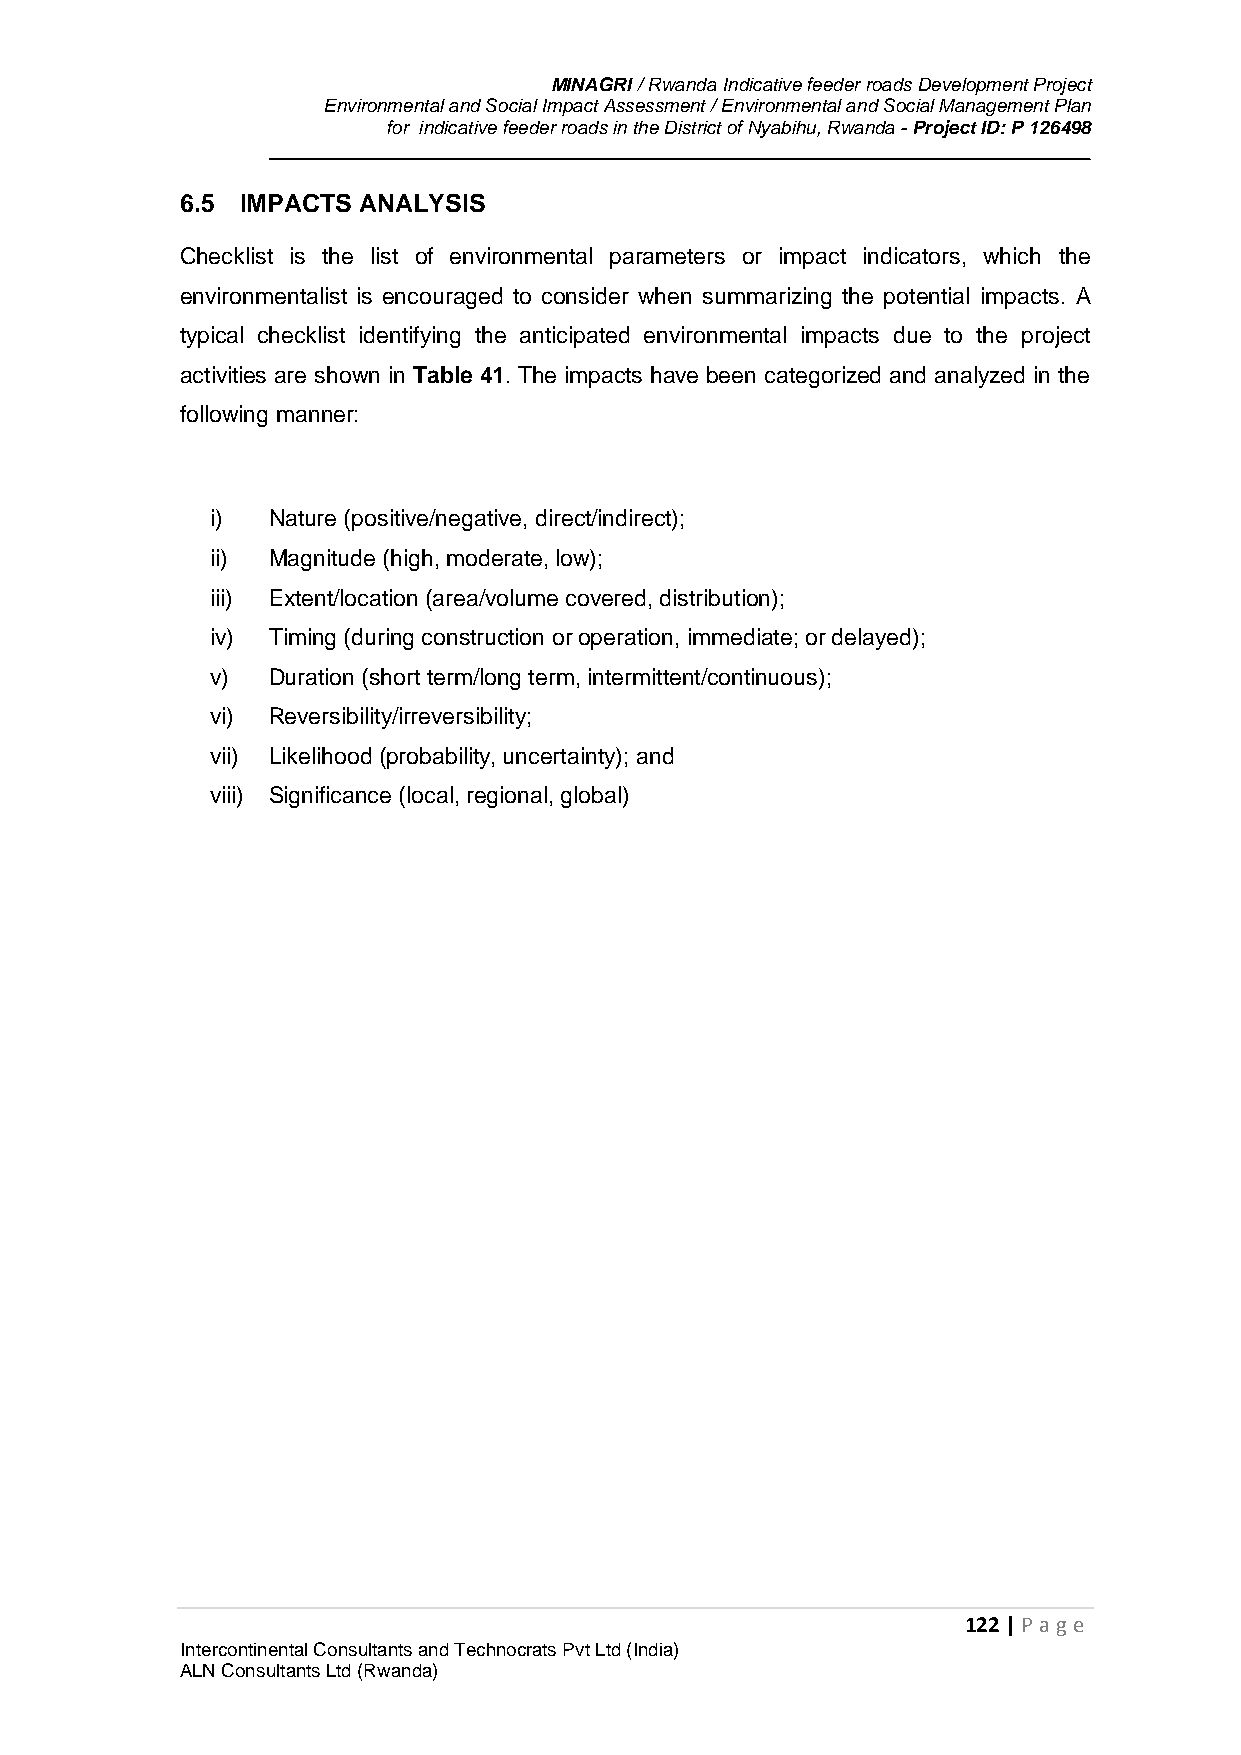
MINAGRI / Rwanda Indicative feeder roads Development Project
 Environmental and Social Impact Assessment / Environmental and Social Management Plan
 for indicative feeder roads in the District of Nyabihu, Rwanda - Project ID: P 126498
 6.5 IMPACTS ANALYSIS
 Checklist is the list of environmental parameters or impact indicators, which the
 environmentalist is encouraged to consider when summarizing the potential impacts. A
 typical checklist identifying the anticipated environmental impacts due to the project
 activities are shown in Table 41. The impacts have been categorized and analyzed in the
 following manner:
 i)  Nature (positive/negative, direct/indirect);
 ii) Magnitude (high, moderate, low);
 iii) Extent/location (area/volume covered, distribution);
 iv) Timing (during construction or operation, immediate; or delayed);
 v)  Duration (short term/long term, intermittent/continuous);
 vi) Reversibility/irreversibility;
 vii) Likelihood (probability, uncertainty); and
 viii) Significance (local, regional, global)
 122 | P age
 Intercontinental Consultants and Technocrats Pvt Ltd (India)
 ALN Consultants Ltd (Rwanda)